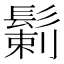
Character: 鬎